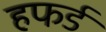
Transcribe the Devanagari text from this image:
हफर्ड